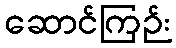
ဆောင်ကြဉ်း